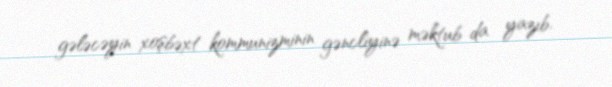
gələcəyin xoşbəxt kommunizminin gəncliyinə məktub da yazıb.